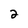
Character: 2